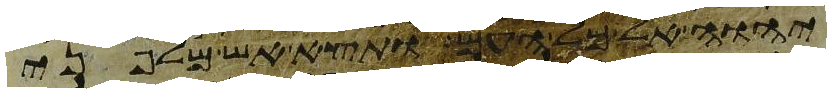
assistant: יהוה אל כל העם ותצא אש מלפני